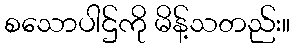
စသောပါဌ်ကို မိန့်သတည်း။